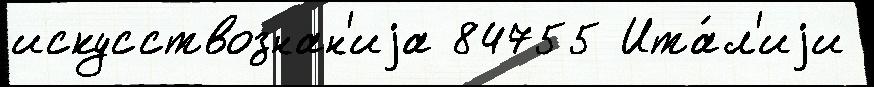
искусствознан'иjа 84755 Ита́л'иjи